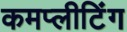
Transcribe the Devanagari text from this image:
कमप्लीटिंग